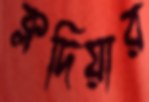
ক্লদিয়ার